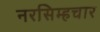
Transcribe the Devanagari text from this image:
नरसिम्हचार